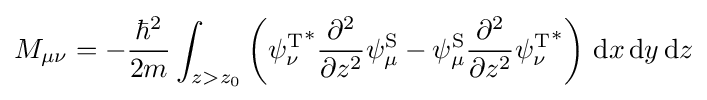
M_{\mu \nu }=-{\frac {\hbar ^{2}}{2m}}\int _{z>z_{0}}\left({\psi _{\nu }^{\text{T}}}^{*}{\frac {\partial ^{2}}{\partial z^{2}}}{\psi _{\mu }^{\text{S}}}-{\psi _{\mu }^{\text{S}}}{\frac {\partial ^{2}}{\partial z^{2}}}{\psi _{\nu }^{\text{T}}}^{*}\right)\,\mathrm {d} x\,\mathrm {d} y\,\mathrm {d} z